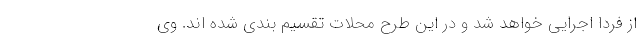
از فردا اجرایی خواهد شد و در این طرح محلات تقسیم بندی شده اند. وی